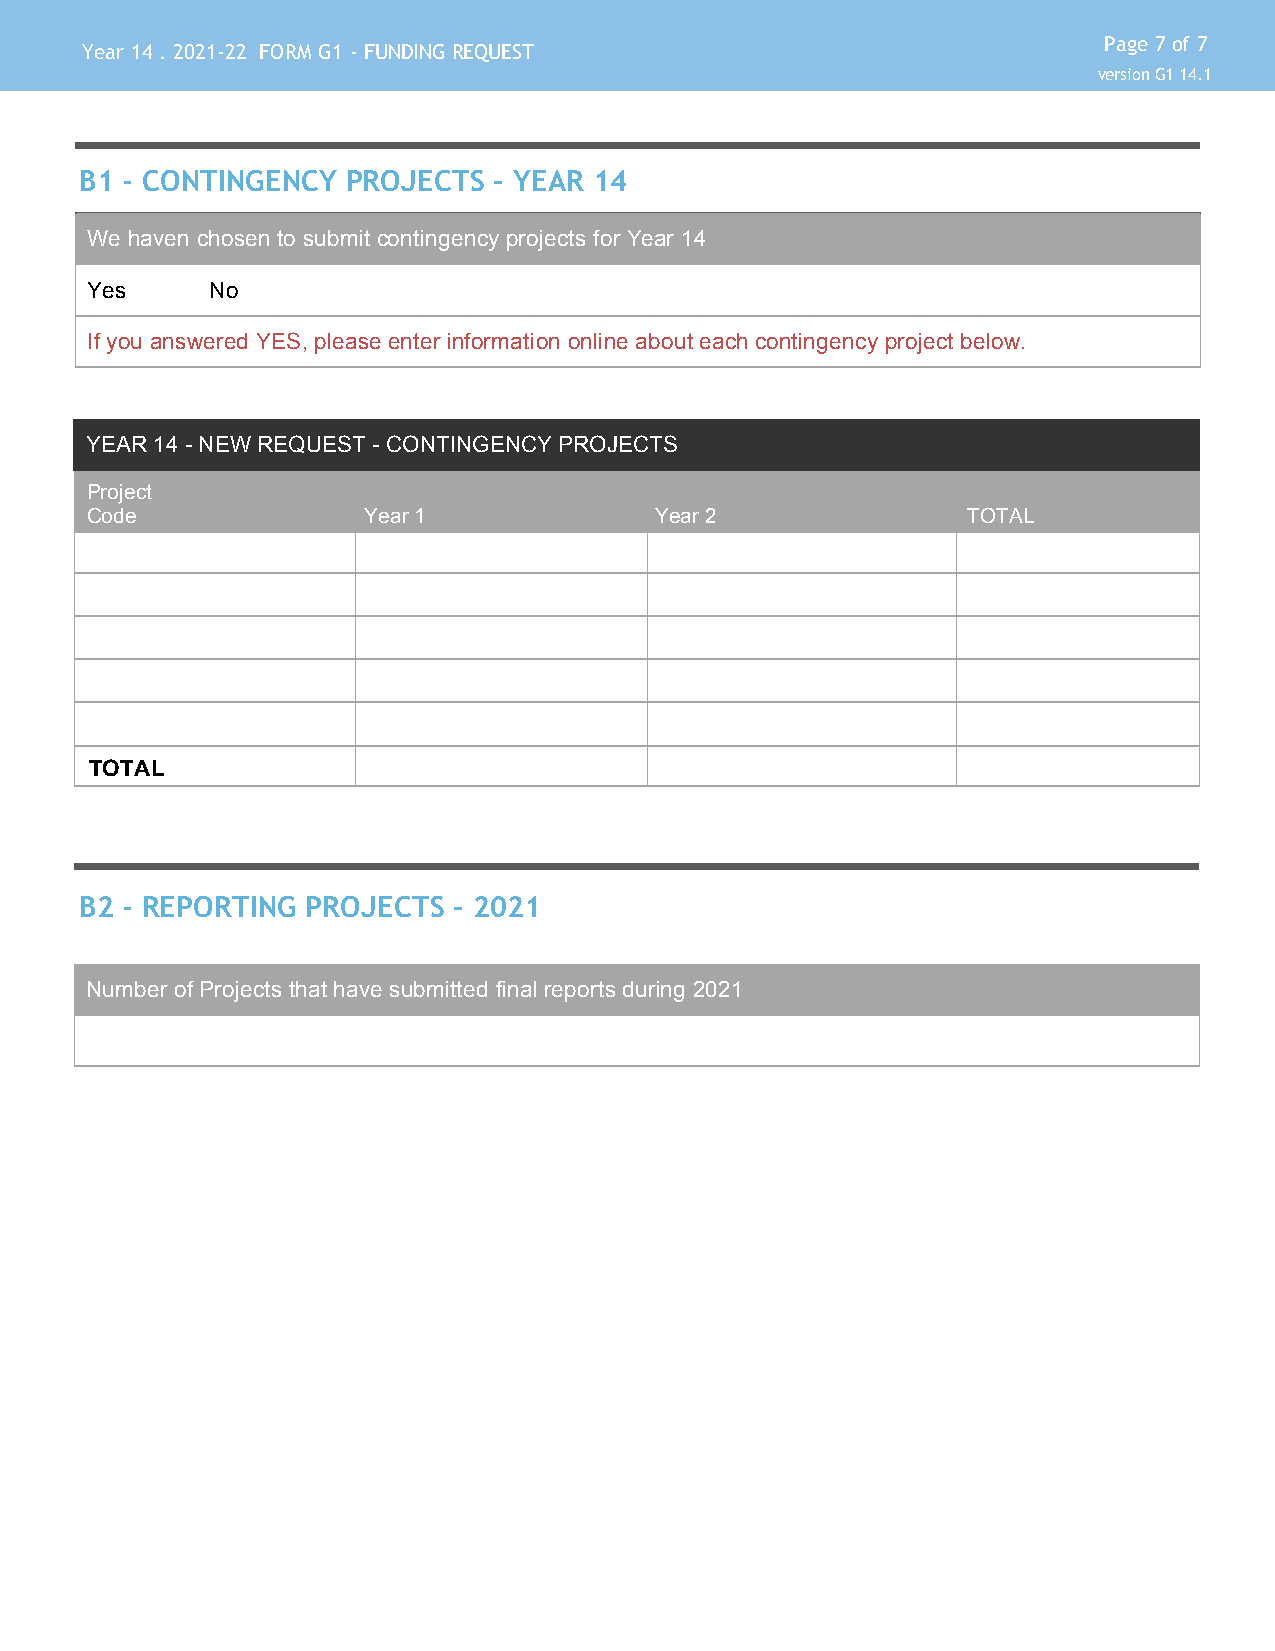
Page 7 of 7
 Year 14 . 2021-22 FORM G1 - FUNDING REQUEST
 version G1 14.1
 B1 - CONTINGENCY  PROJECTS  – YEAR 14
 We haven chosen to submit contingency projects for Year 14
 Yes     No
 If you answered YES, please enter information online about each contingency project below.
 YEAR 14 - NEW REQUEST - CONTINGENCY PROJECTS
 Project
 Code              Year 1             Year 2               TOTAL
 TOTAL
 B2 - REPORTING PROJECTS  – 2021
 Number of Projects that have submitted final reports during 2021